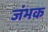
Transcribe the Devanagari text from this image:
जंभक